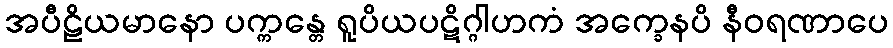
အပီဠိယမာနော ပက္ကန္တေ ရူပိယပဋိဂ္ဂါဟကံ အက္ခေနပိ နီဝရဏာပေ